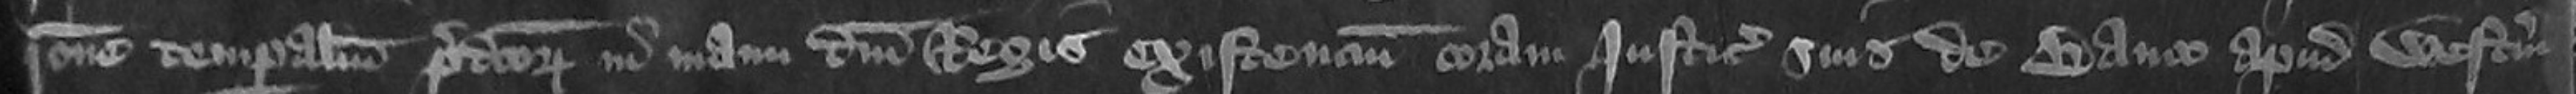
ratione temporalium predictorum in manu domini Regis existencium coram justiciariis suis de banco apud Westmonasterium